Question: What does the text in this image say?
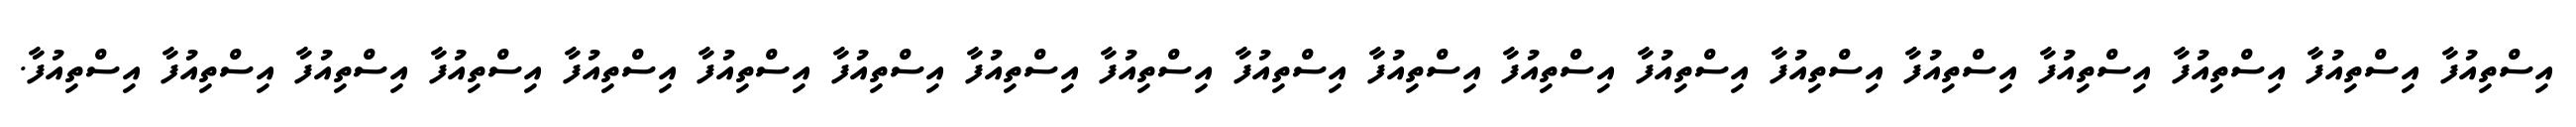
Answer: އިސްތިއުފާ އިސްތިއުފާ އިސްތިއުފާ އިސްތިއުފާ އިސްތިއުފާ އިސްތިއުފާ އިސްތިއުފާ އިސްތިއުފާ އިސްތިއުފާ އިސްތިއުފާ އިސްތިއުފާ އިސްތިއުފާ އިސްތިއުފާ އިސްތިއުފާ އިސްތިއުފާ އިސްތިއުފާ އިސްތިއުފާ އިސްތިއުފާ އިސްތިއުފާ.